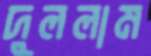
দুললাম